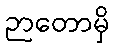
ဉာတောမှိ